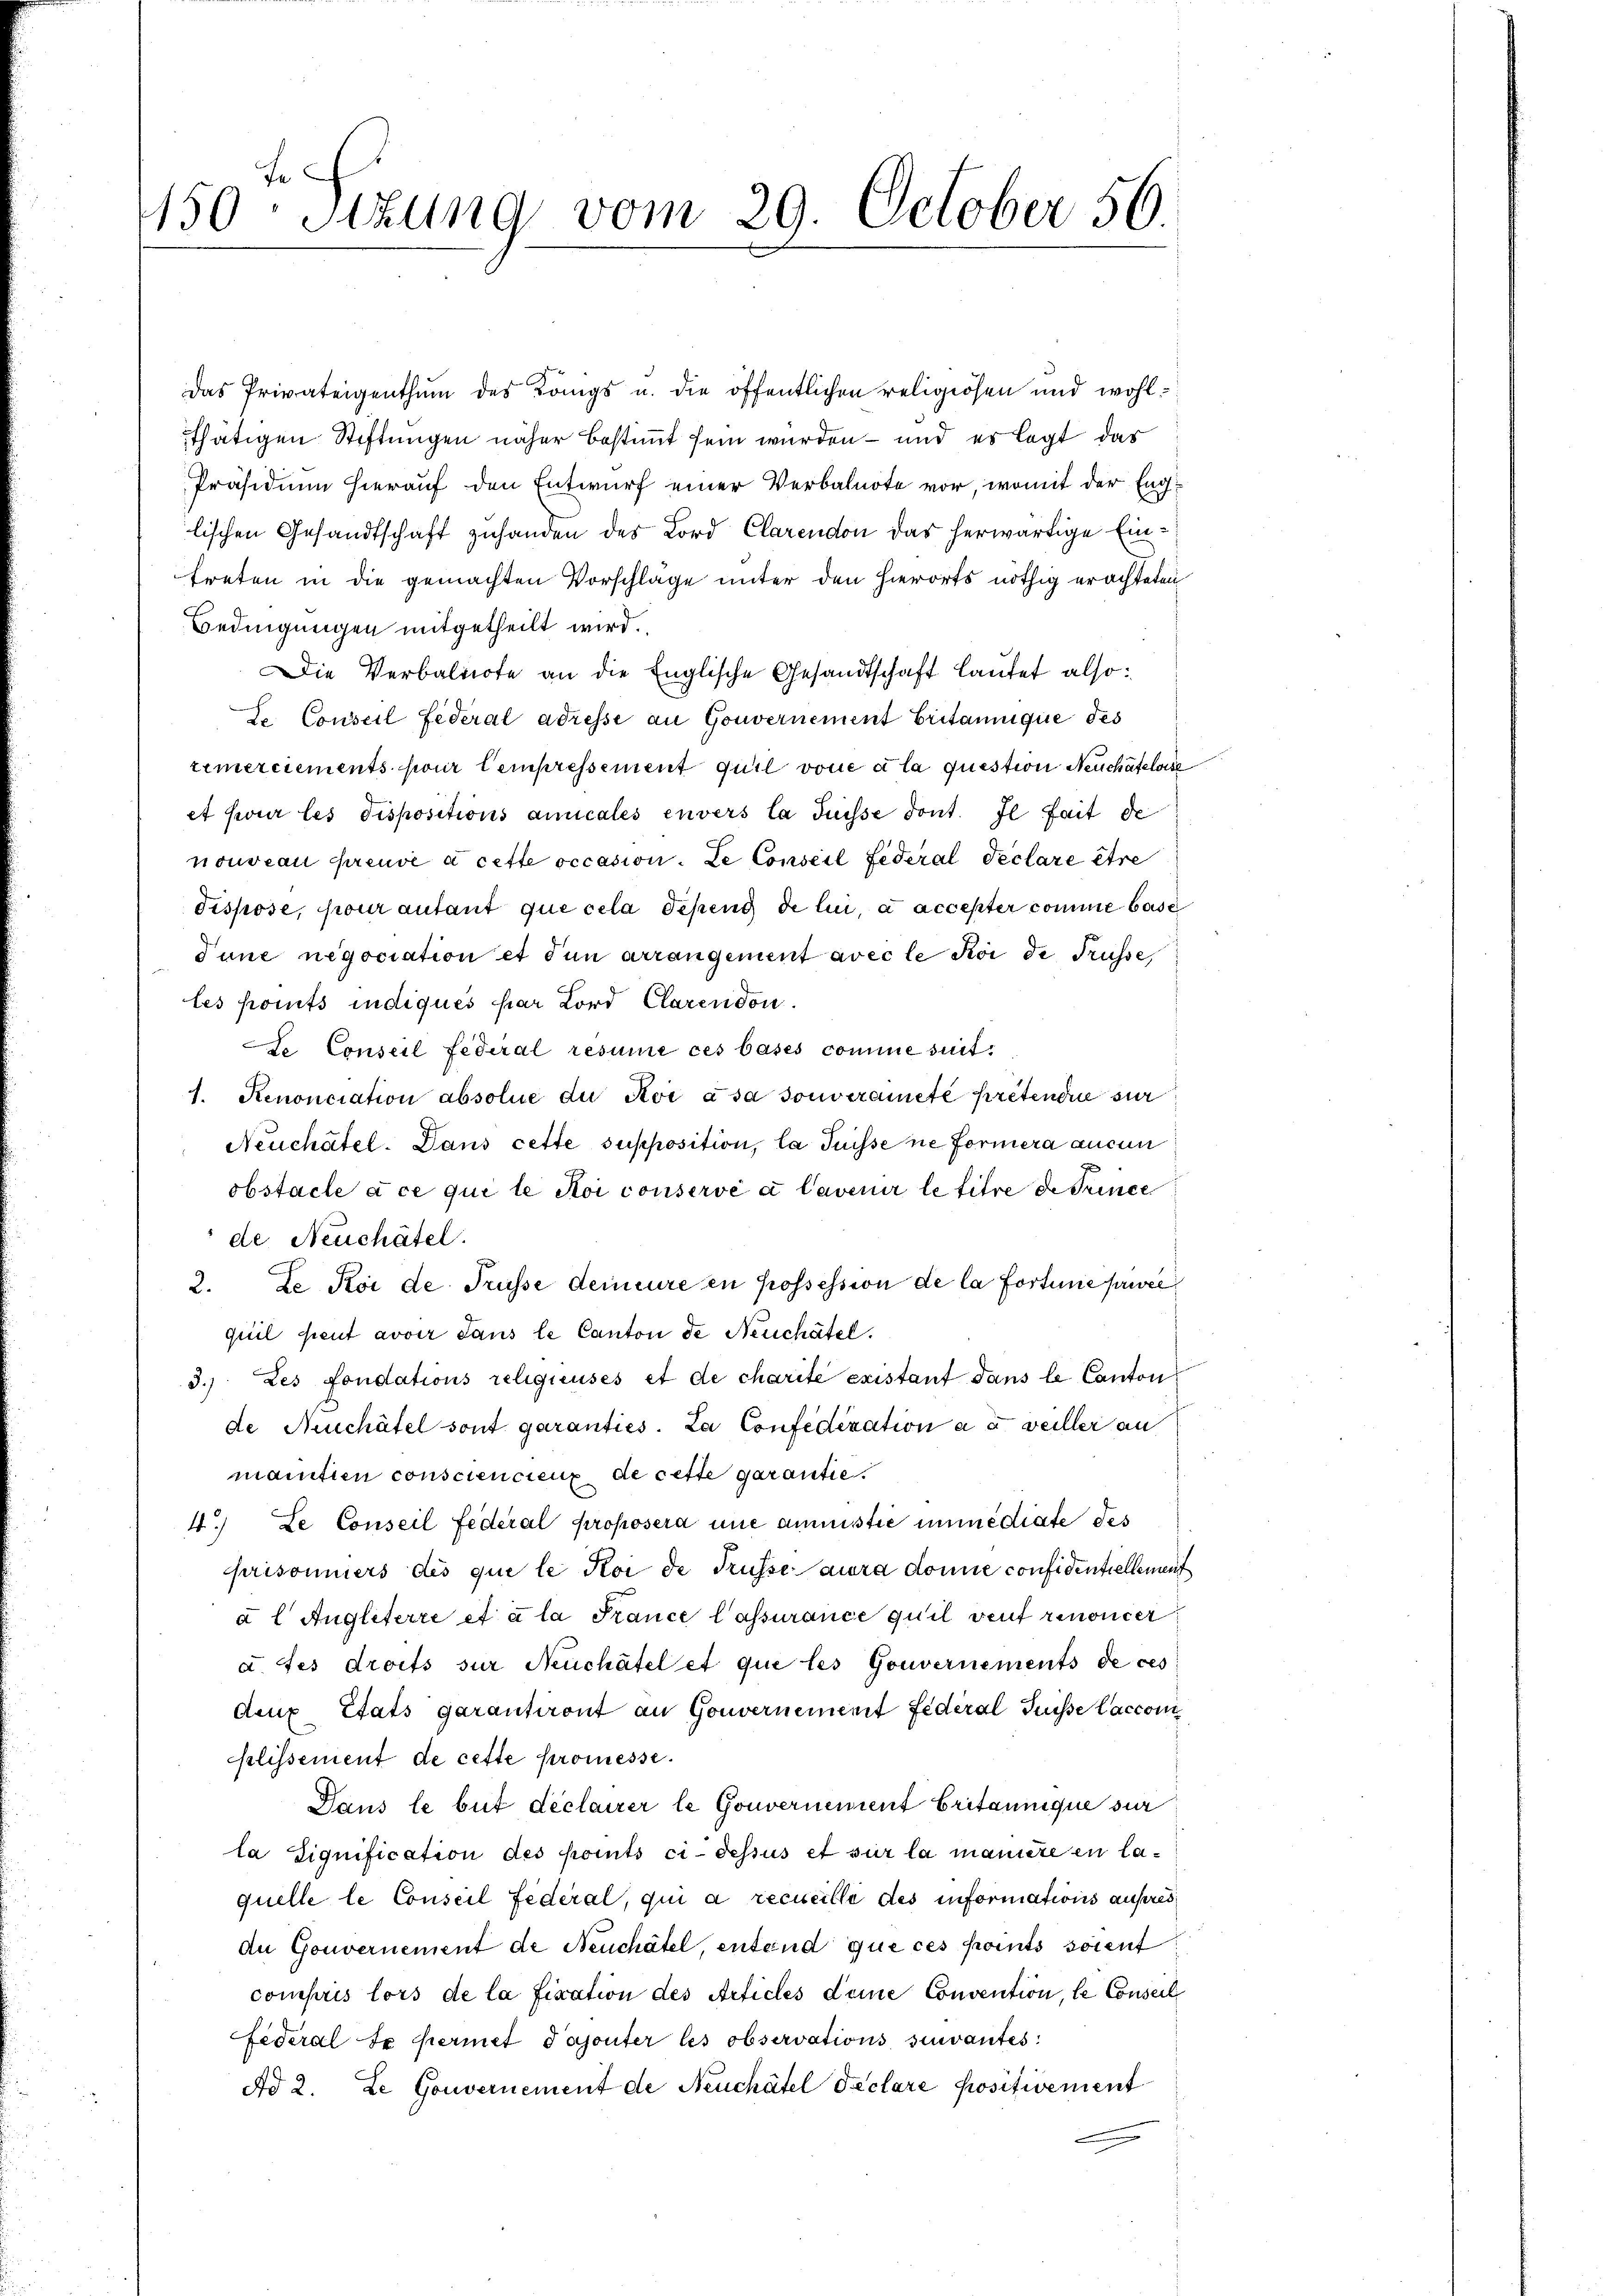
150ten Sizung vom 29. October 56

Das Privateigenthum des Langs u. die öffentlichen religiösen und wohlthätigen Stiftungen näher bestimmt sein wurden – und es legt das
Präsidium hierauf den Entwurf einer Verbalnote vor, womit der Englischen Gesandtschaft zuhanden des Lord Clarendon das herwärtige Eintreten in die gemachten Vorschläge unter den hierorts nöthig erachteten
Bedingungen mitgetheilt wird.
Die Verbaltiote an die Englische Gesandtschaft lautet also:
So. Conseil Federal adresse an Gouvernement Britannique des
remerciements pour Cempressement quil vone a la question Neuchâteloise
et pour les dispositions annicales envers la Suisse dont. Il fait de
nouveau preuve à cette occasion. Le Conseil Federal Peclare être
dispose, pour autant que cela deßend de lui, à accepter comme base
Tune negociation et den arrangement avec le Sei de Trüsse,
les ports indiqués par Lord Clarendon.
Le Conseil fédéral resume ces bases comme seit¬
1. Renonciation absolue die Koi ása souveraneté pretendue sur
Neuchâtel. Dans cette supposition, la Suissene Formera aucun
obstacle à ce qui le loi conservé à lavenir le titre de Trince
de Neuchâtel.
2. Le Koi de Trüsse demeure en possession de la fortune privée
quil peut avoir dans le Canton de Neuchâtel.
3.) Les fondations religieuses et de charite existant dans le Canton
de Auschätel sont garanties. La Confederation a u. weiller an
manisten consciencieux de cette garantie
4.) Le Conseil Federal Proposera une annistie immediate des
prisonners des que le foi de Trüsse aura donne confidentiellement
à l Angleterre et à la France lassurance quil veut renoncer
afes droits für Neuchâtel et que les Gouvernements de ces
den Etats garantiront an Gouvernement fédéral Suisse laccomi
plissement de cette Promesse.
Dans le but déclarer le Gouvernement Critannique sur
la Signification des points ci-dessus et sur la manière en laquelle le Conseil Federal, qui a recueille des informations aufres
An Gouvernement de Neuchâtel, entend que ces faits soient
compris lors de la fixation des Articles deine Convention, le Conseil
Federal Se permet dajouter les observations suivantes:
Ad 2. Le Gouvernement de Neuchâtel declare Positivement